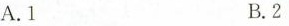
A.1 B.2